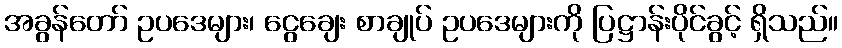
အခွန်တော် ဥပဒေများ၊ ငွေချေး စာချုပ် ဥပဒေများကို ပြဋ္ဌာန်းပိုင်ခွင့် ရှိသည်။